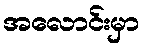
အလောင်းမှာ